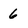
Character: 6